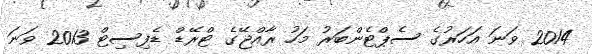
2014 ވަނަ އަހަރުގެ ސެޕްޓެންބަރު މަހު ރާއްޖޭގެ ޓްރޭޑް ޑެފިސިޓް 2013 ވަނަ